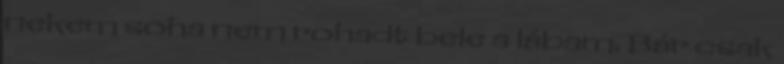
nekem soha nem rohadt bele a lábam. Bár csak